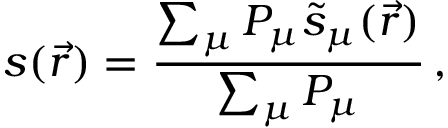
s ( \vec { r } ) = \frac { \sum _ { \mu } P _ { \mu } \tilde { s } _ { \mu } ( \vec { r } ) } { \sum _ { \mu } P _ { \mu } } \, ,